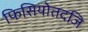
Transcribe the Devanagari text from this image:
फिसियोतदजि